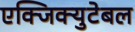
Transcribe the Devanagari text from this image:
एक्जिक्युटेबल